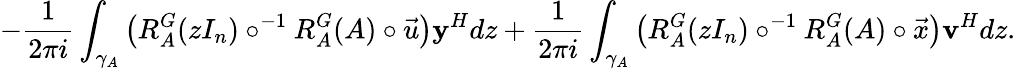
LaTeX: -\frac{1}{2\pi i}\int_{\gamma_{A}}\left(R_{A}^{G}(zI_{n})\circ^{-1}R_{A}^{G}(A)\circ\vec{u}\right)\mathbf{y}^{H}dz+\frac{1}{2\pi i}\int_{\gamma_{A}}\left(R_{A}^{G}(zI_{n})\circ^{-1}R_{A}^{G}(A)\circ\vec{x}\right)\mathbf{v}^{H}dz.